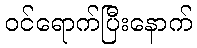
ဝင်ရောက်ပြီးနောက်